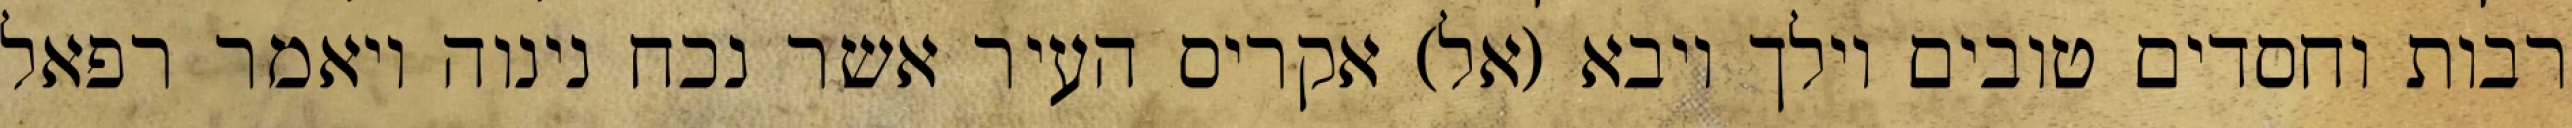
רבות וחסדים טובים וילך ויבא (אל) אקריס העיר אשר נכח נינוה ויאמר רפאל